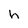
Character: h